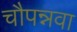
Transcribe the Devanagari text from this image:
चौपन्नवा